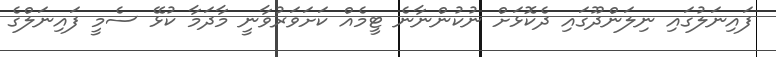
ފައިނަލުގައި ނިލަންދޫގައި ދެކޮޅަށް ނުކުންނާނެ ޓީމެއް ކަށަވަރުވާނީ މާދަމާ ކުޅޭ ސެމީ ފައިނަލްގެ